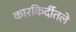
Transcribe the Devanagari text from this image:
कारकिर्दीतले